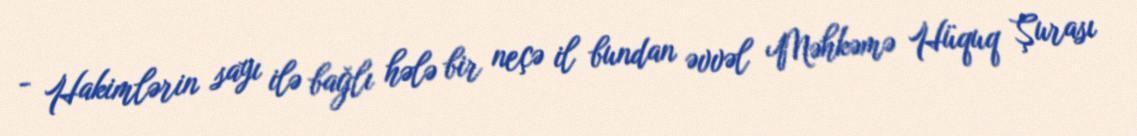
- Hakimlərin sayı ilə bağlı hələ bir neçə il bundan əvvəl Məhkəmə Hüquq Şurası